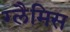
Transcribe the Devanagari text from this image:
ग्लैमिस